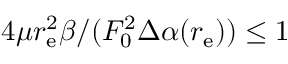
4 \mu r _ { \mathrm { e } } ^ { 2 } \beta / ( F _ { 0 } ^ { 2 } \Delta \alpha ( r _ { \mathrm { e } } ) ) \leq 1